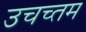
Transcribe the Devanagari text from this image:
उचच्तम